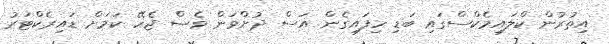
އިތުރުން ކްލައިމެކްސްގައި ބަޑި ހިފައިގެން އަސް ދުށްވަން ވެސް ޖެހޭ ކަމަށް ޑައިރެކްޓަރު